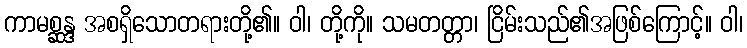
ကာမစ္ဆန္ဒ အစရှိသောတရားတို့၏။ ဝါ၊ တို့ကို။ သမတတ္တာ၊ ငြိမ်းသည်၏အဖြစ်ကြောင့်။ ဝါ၊